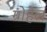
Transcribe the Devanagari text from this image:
ग्रोहेल